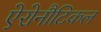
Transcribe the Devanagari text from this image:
ऐरोनौटिकल